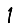
Digit: 1